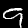
Digit: 9